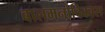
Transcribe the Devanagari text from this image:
बालमनोविकास